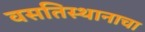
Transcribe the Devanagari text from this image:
वसतिस्थानाचा